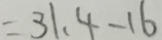
= 3 1 . 4 - 1 6